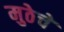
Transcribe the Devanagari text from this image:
मुठेचे